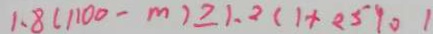
1 . 8 ( 1 1 0 0 - m ) \geq 1 . 2 ( 1 + 2 5 9 0 1